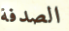
الصدفة